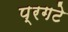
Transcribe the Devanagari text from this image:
प्रगटे